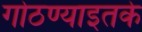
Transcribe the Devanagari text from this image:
गोठण्याइतके